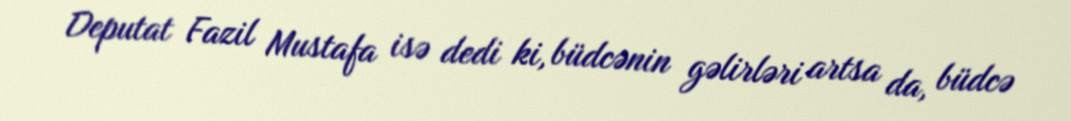
Deputat Fazil Mustafa isə dedi ki, büdcənin gəlirləri artsa da, büdcə